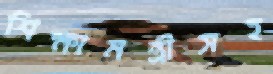
শিক্ষামন্ত্রীসহ